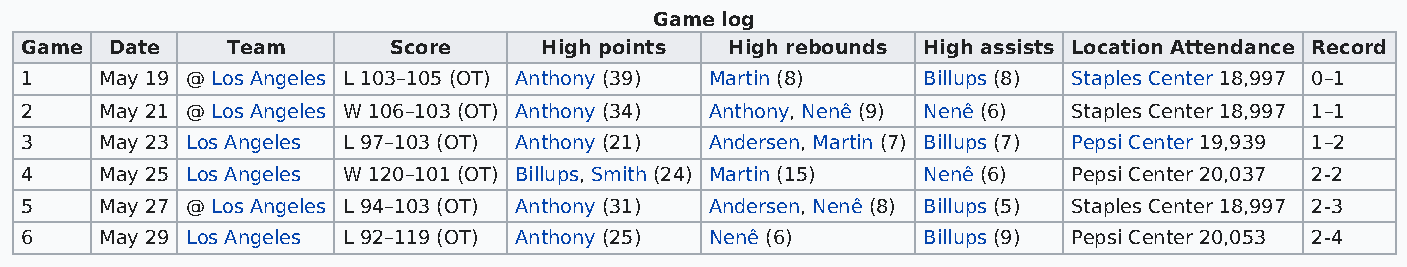
Game log
 Game  Date    Team       Score     High points High rebounds High assists Location Attendance Record
 1     May 19 @ Los Angeles L 103–105 (OT) Anthony (39) Martin (8) Billups (8) Staples Center 18,997 0–1
 2     May 21 @ Los Angeles W 106–103 (OT) Anthony (34) Anthony, Nenê (9) Nenê (6) Staples Center 18,997 1–1
 3     May 23 Los Angeles L 97–103 (OT) Anthony (21) Andersen, Martin (7) Billups (7) Pepsi Center 19,939 1–2
 4     May 25 Los Angeles W 120–101 (OT) Billups, Smith (24) Martin (15) Nenê (6) Pepsi Center 20,037 2-2
 5     May 27 @ Los Angeles L 94–103 (OT) Anthony (31) Andersen, Nenê (8) Billups (5) Staples Center 18,997 2-3
 6     May 29 Los Angeles L 92–119 (OT) Anthony (25) Nenê (6) Billups (9) Pepsi Center 20,053 2-4